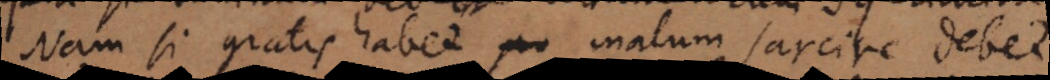
Nam si gratis habet malum sarcire debet,